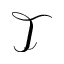
\mathcal { T }